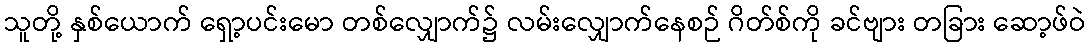
သူတို့ နှစ်ယောက် ရှော့ပင်းမော တစ်လျှောက်၌ လမ်းလျှောက်နေစဉ် ဂိတ်စ်ကို ခင်ဗျား တခြား ဆော့ဖ်ဝဲ